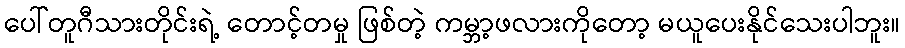
ပေါ်တူဂီသားတိုင်းရဲ့ တောင့်တမှု ဖြစ်တဲ့ ကမ္ဘာ့ဖလားကိုတော့ မယူပေးနိုင်သေးပါဘူး။